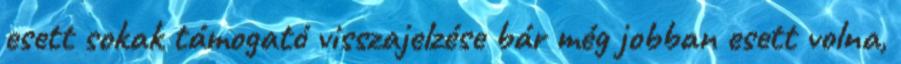
esett sokak támogató visszajelzése bár még jobban esett volna,